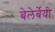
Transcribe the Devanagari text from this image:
बेलेर्बेयी